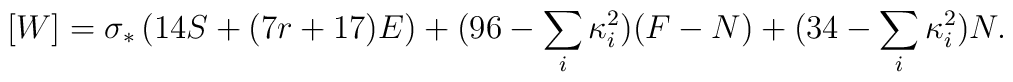
[W]=\sigma_*\left(14 S + (7r + 17) E\right) +(96-\sum_i\kappa_i^2) (F-N) +(34 -\sum_i\kappa_i^2)N.